Vaccine operations Central Provinces & Berar 1912-1920 - 1912-1920
Year: 1912
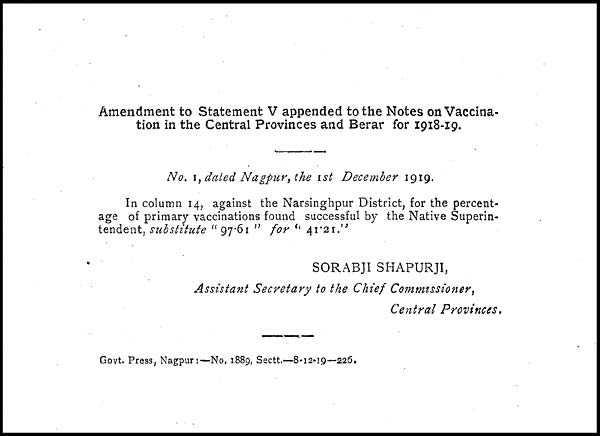
Amendment to Statement V appended to the Notes on Vaccina-
tion in the Central Provinces and Berar for 1918-19.
No. 1, dated Nagpur, the 1st December 1919.
In column 14, against the Narsinghpur District, for the percent-
age of primary vaccinations found successful by the Native Superin-
tendent, substitute "97.61 " for " 41.21."
SORABJI SHAPURJI,
Assistant Secretary to the Chief Commissioner,
Central Provinces.
Govt. Press, Nagpur:—No, 1889, Sectt.—8-12-19—226.